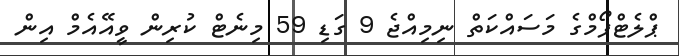
ޕްލެޓްފޯމްގެ މަސައްކަތް ނިމިއްޖެ 9 ގަޑި 59 މިނެޓް ކުރިން ވީއޭއެމް އިން